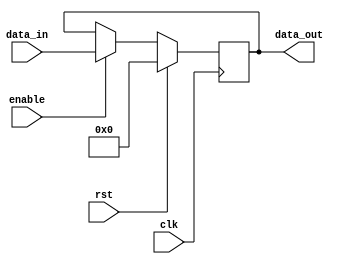
`timescale 1ns / 1ps
//////////////////////////////////////////////////////////////////////////////////
// Version: 2.19
//
//
//////////////////////////////////////////////////////////////////////////////////


module DRegister
#(parameter DATA_BITS = 32)
(
    input wire clk, //
    input wire rst, //
    input wire enable,  //D
    input wire [DATA_BITS - 1:0] data_in,   //
    output wire [DATA_BITS - 1:0] data_out  //
);
    reg [DATA_BITS - 1:0] REG;
    assign data_out = REG;
    always @ ( posedge clk ) begin
        if(rst) begin
            REG <= 0;
        end
        else if(enable) begin
            REG <= data_in;
        end
    end
endmodule